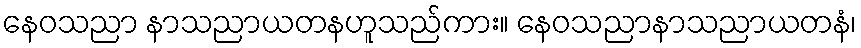
နေဝသညာ နာသညာယတနဟူသည်ကား။ နေဝသညာနာသညာယတနံ၊